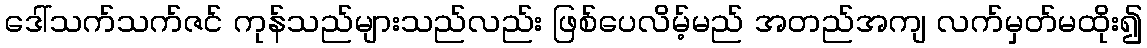
ဒေါ်သက်သက်ဇင် ကုန်သည်များသည်လည်း ဖြစ်ပေလိမ့်မည် အတည်အကျ လက်မှတ်မထိုး၍